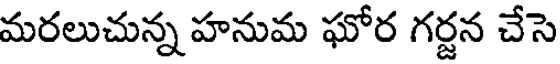
మరలుచున్న హనుమ ఘోర గర్జన చేసె